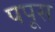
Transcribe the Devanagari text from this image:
पपूस